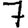
Digit: 7